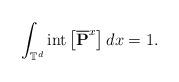
LaTeX: \begin{align*} \int_{\mathbb{T}^{d}} {\rm int}\left[ \overline{\mathbf{P}}^{x}\right] dx =1.\end{align*}